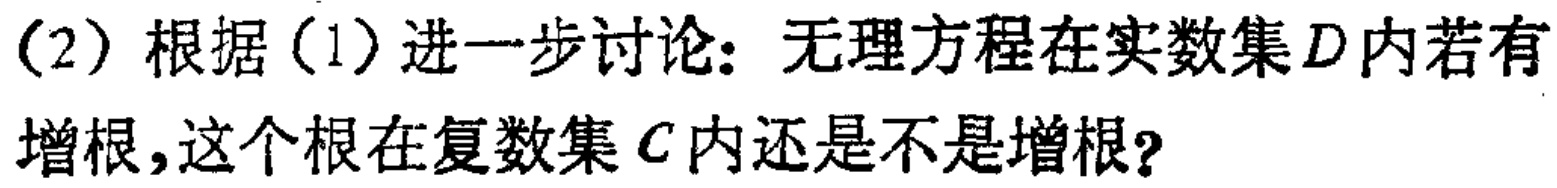
(2) 根据(1)进一步讨论：无理方程在实数集\(D\)内若有增根，这个根在复数集\(C\)内还是不是增根？